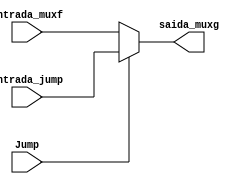
module muxg (entrada_muxf, entrada_jump, Jump, saida_muxg);

	input [31:0]entrada_muxf;
	input [31:0]entrada_jump;
	input Jump;
	
	output reg [31:0]saida_muxg;
	
	always @(*)
	begin
		if (Jump) saida_muxg = entrada_jump;
		else saida_muxg = entrada_muxf;
	
	end
	


endmodule